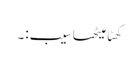
کھٹا میٹھا سیب:۔